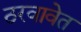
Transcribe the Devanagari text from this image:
ठरवावेत